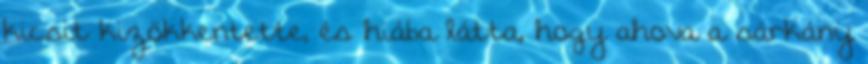
kicsit kizökkentette, és hiába látta, hogy ahova a sárkány